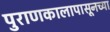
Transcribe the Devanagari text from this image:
पुराणकालापासूनच्या